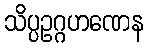
သိပ္ပဥဂ္ဂဟဏေန